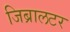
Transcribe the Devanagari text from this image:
जिब्रालटर